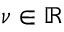
\nu \in \mathbb { R }